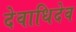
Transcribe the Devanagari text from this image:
देवाधिदेव